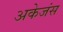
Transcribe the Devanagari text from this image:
अकेजंस